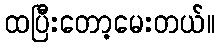
ထပြီးတော့မေးတယ်။